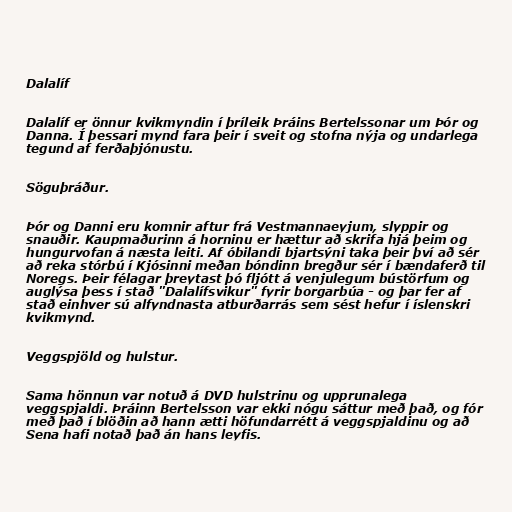
Dalalíf

Dalalíf er önnur kvikmyndin í þríleik Þráins Bertelssonar um Þór og
Danna. Í þessari mynd fara þeir í sveit og stofna nýja og undarlega
tegund af ferðaþjónustu.

Söguþráður.

Þór og Danni eru komnir aftur frá Vestmannaeyjum, slyppir og
snauðir. Kaupmaðurinn á horninu er hættur að skrifa hjá þeim og
hungurvofan á næsta leiti. Af óbilandi bjartsýni taka þeir því að sér
að reka stórbú í Kjósinni meðan bóndinn bregður sér í bændaferð til
Noregs. Þeir félagar þreytast þó fljótt á venjulegum bústörfum og
auglýsa þess í stað "Dalalífsvikur" fyrir borgarbúa - og þar fer af
stað einhver sú alfyndnasta atburðarrás sem sést hefur í íslenskri
kvikmynd.

Veggspjöld og hulstur.

Sama hönnun var notuð á DVD hulstrinu og upprunalega
veggspjaldi. Þráinn Bertelsson var ekki nógu sáttur með það, og fór
með það í blöðin að hann ætti höfundarrétt á veggspjaldinu og að
Sena hafi notað það án hans leyfis.